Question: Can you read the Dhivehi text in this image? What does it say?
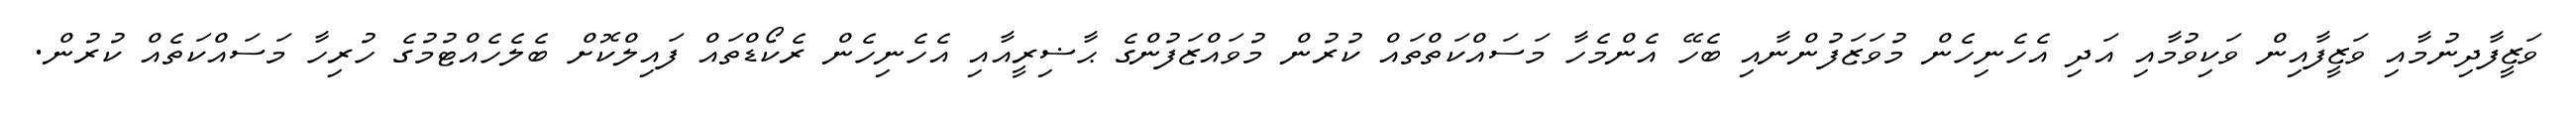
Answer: ވަޒީފާދިނުމާއި ވަޒީފާއިން ވަކިވުމާއި އަދި އެހެނިހެން މުވަޒަފުންނާއި ބެހޭ އެންމެހާ މަސައްކަތްތައް ކުރުން މުވައްޒަފުންގެ ޙާޟިރީއާއި އެހެނިހެން ރެކޯޑްތައް ފައިލްކޮށް ބެލެހެއްޓުމުގެ ހުރިހާ މަސައްކަތެއް ކުރުން.